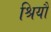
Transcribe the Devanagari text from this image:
श्रियौ